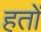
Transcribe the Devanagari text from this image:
हतों